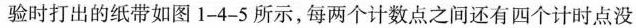
验时打出的纸带如图1-4-5所示，每两个计数点之间还有四个计时点没